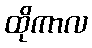
ထိုကာလ